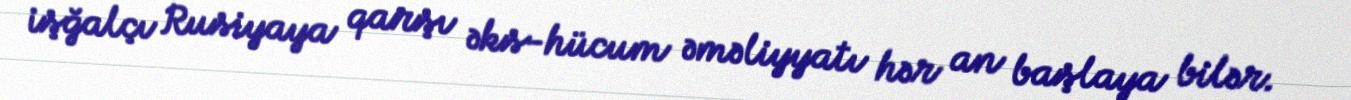
işğalçı Rusiyaya qarşı əks-hücum əməliyyatı hər an başlaya bilər.